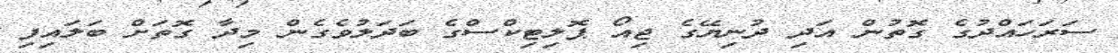
ސަރަހައްދުގެ ގޮތުން އަދި ދުނިޔޭގެ ޖިއޯ ޕޮލިޓިކްސްގެ ބަދަލުވެގެން މިދާ ގޮތަށް ބަލައިފި